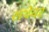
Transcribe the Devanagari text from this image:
संथेवर